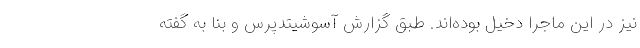
نیز در این ماجرا دخیل بوده‌اند. طبق گزارش آسوشیتدپرس و بنا به گفته